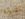
تقبيلها